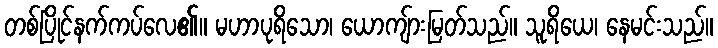
တစ်ပြိုင်နက်ကပ်လေ၏။ မဟာပုရိသော၊ ယောကျ်ားမြတ်သည်။ သူရိယေ၊ နေမင်းသည်။